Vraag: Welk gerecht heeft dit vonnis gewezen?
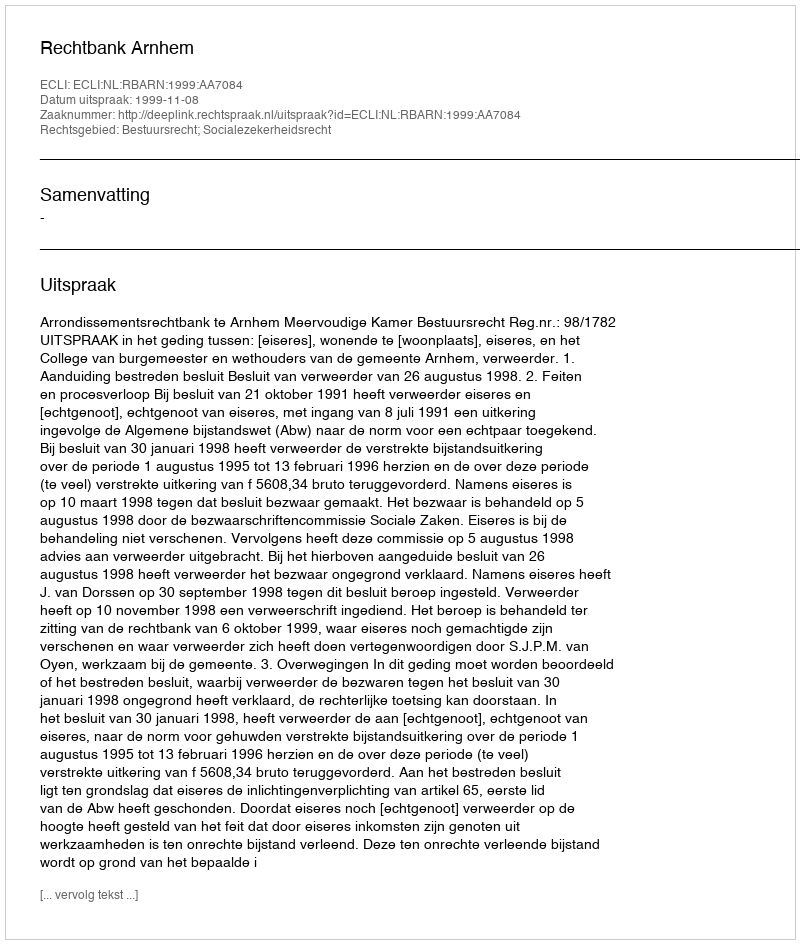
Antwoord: Rechtbank Arnhem